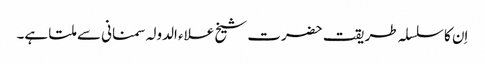
اِن کا سلسلہ طریقت حضرت شیخ علاء الدولہ سمنانی سے ملتا ہے۔